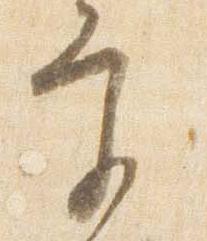
宮